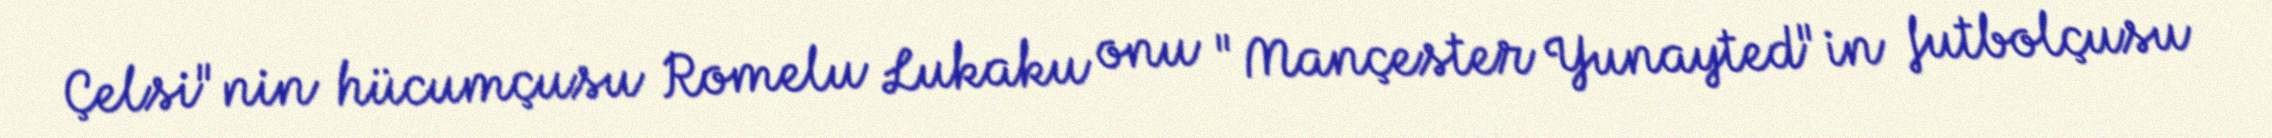
Çelsi"nin hücumçusu Romelu Lukaku onu "Mançester Yunayted"in futbolçusu